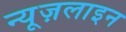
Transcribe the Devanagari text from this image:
न्यूज़लाइन